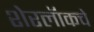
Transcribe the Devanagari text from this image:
शेरलॅाकचे